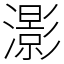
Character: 𤂖